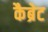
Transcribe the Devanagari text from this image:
कैब्रेट